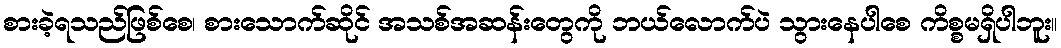
စားခဲ့ရသည်ဖြစ်စေ၊ စားသောက်ဆိုင် အသစ်အဆန်းတွေကို ဘယ်လောက်ပဲ သွားနေပါစေ ကိစ္စမရှိပါဘူး။